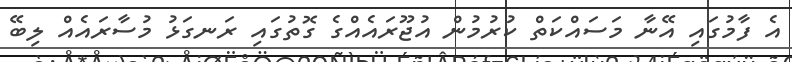
އެ ފާމުގައި އޭނާ މަސައްކަތް ކުރުމުން އުޖޫރައެއްގެ ގޮތުގައި ރަނގަޅު މުސާރައެއް ލިބޭ